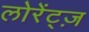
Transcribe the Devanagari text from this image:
लोरेंट्ज़